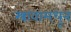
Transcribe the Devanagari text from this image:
स्त्रावामधून